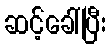
ဆင့်ခေါ်ပြီး